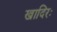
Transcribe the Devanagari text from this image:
खादिरः